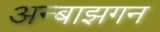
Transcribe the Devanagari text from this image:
अन्बाझगन